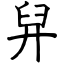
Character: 舁